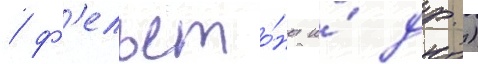
/ ф'ельето́ны и́ др.)